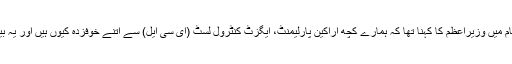
سماجی رابطے کی ویب سائٹ ٹوئٹر پر اپنے ایک پیغام میں وزیراعظم کا کہنا تھا کہ ہمارے کچھ اراکین پارلیمنٹ، ایگزٹ کنٹرول لسٹ (ای سی ایل) سے اتنے خوفزدہ کیوں ہیں اور یہ بیرون ملک جانے میں اتنی دلچسپی کیوں لے رہے ہیں؟